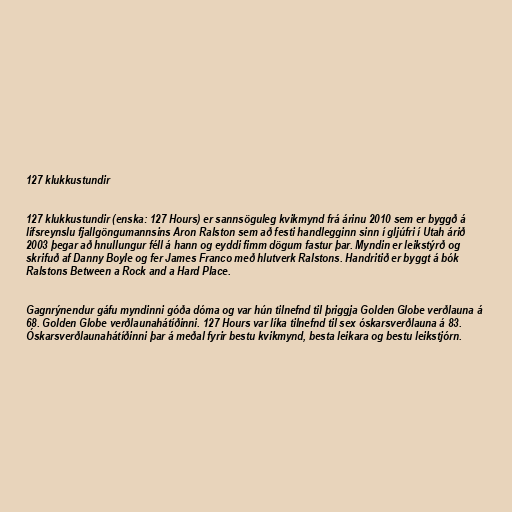
127 klukkustundir

127 klukkustundir (enska: 127 Hours) er sannsöguleg kvikmynd frá árinu 2010 sem er byggð á
lífsreynslu fjallgöngumannsins Aron Ralston sem að festi handlegginn sinn í gljúfri í Utah árið
2003 þegar að hnullungur féll á hann og eyddi fimm dögum fastur þar. Myndin er leikstýrð og
skrifuð af Danny Boyle og fer James Franco með hlutverk Ralstons. Handritið er byggt á bók
Ralstons Between a Rock and a Hard Place.

Gagnrýnendur gáfu myndinni góða dóma og var hún tilnefnd til þriggja Golden Globe verðlauna á
68. Golden Globe verðlaunahátíðinni. 127 Hours var líka tilnefnd til sex óskarsverðlauna á 83.
Óskarsverðlaunahátíðinni þar á meðal fyrir bestu kvikmynd, besta leikara og bestu leikstjórn.